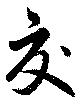
交